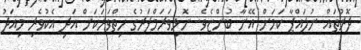
ދޮރުތައް ނުލައްޕާ ކަމަށް އޭނާ ބުންޏެވެ. ނޮޅިވަރަމްފަރުގެ ހިތްވަރަކަށް އަދި އެކުވެރި މިއަދު